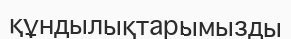
құндылықтарымызды